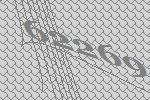
62269